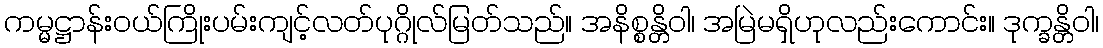
ကမ္မဋ္ဌာန်းဝယ်ကြိုးပမ်းကျင့်လတ်ပုဂ္ဂိုလ်မြတ်သည်။ အနိစ္စန္တိဝါ၊ အမြဲမရှိဟုလည်းကောင်း။ ဒုက္ခန္တိဝါ၊